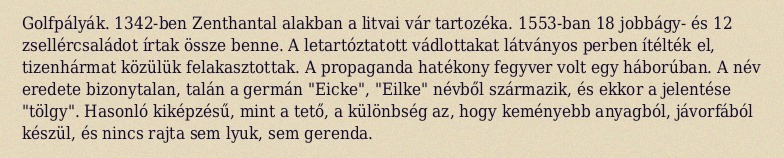
Golfpályák. 1342-ben Zenthantal alakban a litvai vár tartozéka. 1553-ban 18 jobbágy- és 12 zsellércsaládot írtak össze benne. A letartóztatott vádlottakat látványos perben ítélték el, tizenhármat közülük felakasztottak. A propaganda hatékony fegyver volt egy háborúban. A név eredete bizonytalan, talán a germán "Eicke", "Eilke" névből származik, és ekkor a jelentése "tölgy". Hasonló kiképzésű, mint a tető, a különbség az, hogy keményebb anyagból, jávorfából készül, és nincs rajta sem lyuk, sem gerenda.